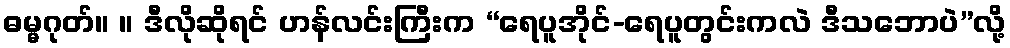
ဓမ္မဂုတ်။ ။ ဒီလိုဆိုရင် ဟန်လင်းကြီးက “ရေပူအိုင်-ရေပူတွင်းကလဲ ဒီသဘောပဲ”လို့